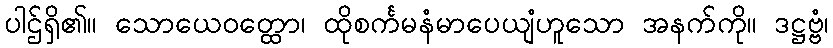
ပါဌ်ရှိ၏။ သောယေဝတ္ထော၊ ထိုစင်္ကမနံမာပေယျံဟူသော အနက်ကို။ ဒဋ္ဌဗ္ဗံ၊